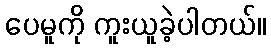
ပေမူကို ကူးယူခဲ့ပါတယ်။